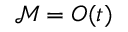
\mathcal { M } = O ( t )